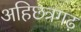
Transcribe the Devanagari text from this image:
अहिछत्रगढ़